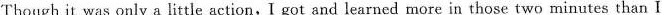
Though it was only a little action,I got and learned more in those two minutes than I